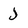
Character: j